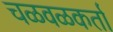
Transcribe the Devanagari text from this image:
चळवळकर्ता